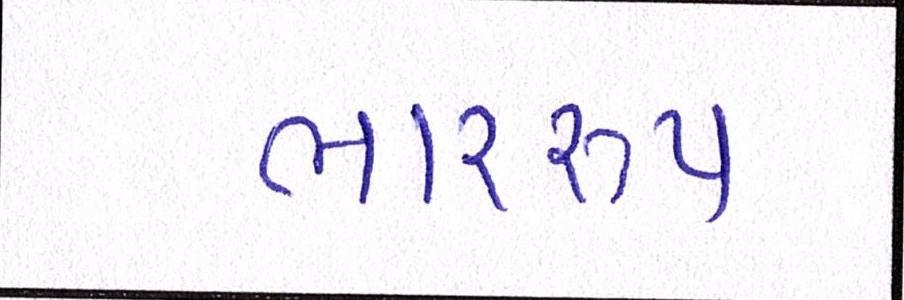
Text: ભારરૂપ